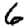
Digit: 6